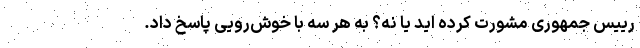
رییس جمهوری مشورت کرده اید یا نه؟ به هر سه با خوش‌رویی پاسخ داد.